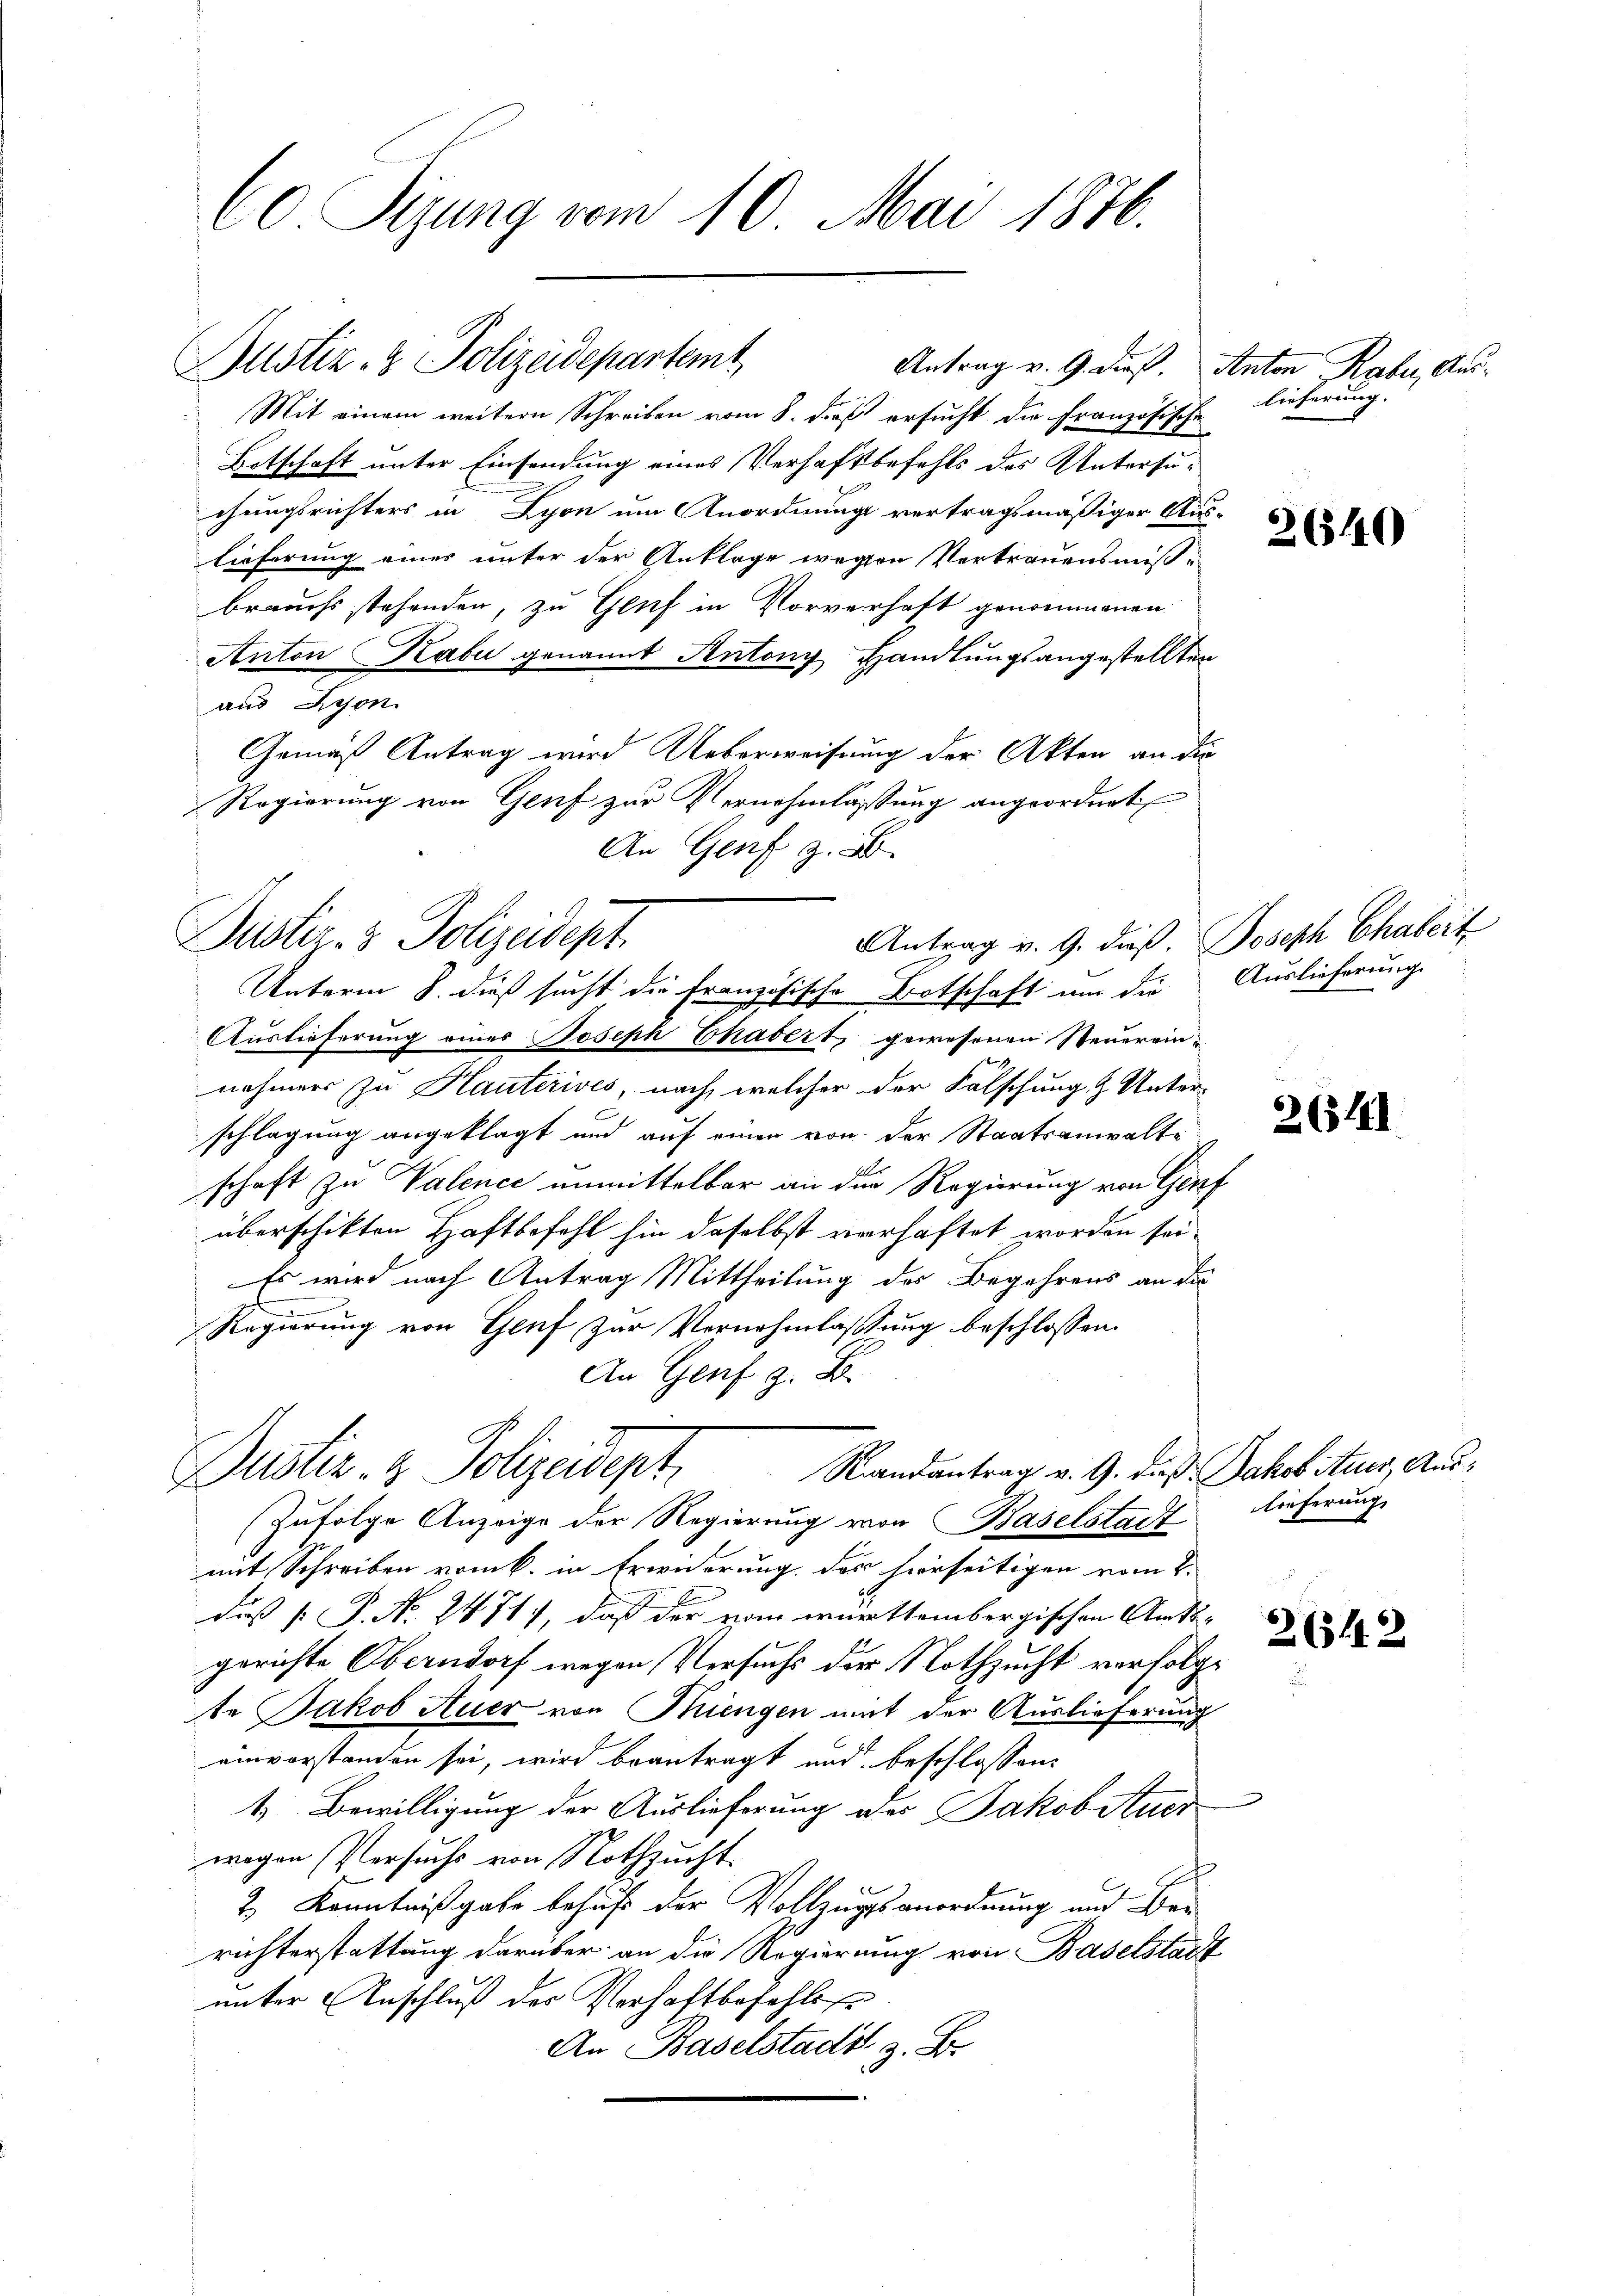
60 Sizung vom 10. Mai 1876.

Mit einem weitern Schreiben vom 8. dieß ersucht die Französische
Botschaft unter Einsendung eines Verhaftbefehls des Untersuchungsrichters in Lyon um Anordnung vertragsmäßiger Aus-
lieferung eines unter der Anklage wegen Vertrauensmiß-
brauchs stehenden, zu Genf in Vorverhaft genommenen
Anton Habe genannt Antony Handlungsangestellten
aus Lyon.
Gemäß Antrag wird Ueberweisung der Akten an die
Regierung von Genf zur Vernehmlassung angeordnet
An Genf z. B.
Antrag v. 9. dieß. Joseph Chabert
Unterm 8. dieß sucht die Französische Botschaft um die
Auslieferung einer Joseph Chasert, gewesenen Steuereinnehmers zu Hauterives, nach, welcher der Falschung & Unter-
schlagung angeklagt und auf einen von der Staatsanwalte
schaft zu Valence unmittelbar an der Regierung von Genf
überschikten Haftbefehl hin daselbst verhaftet worden sei.
Es wird nach Antrag Mittheilung des Begehrens an die
Regierung von Genf zur Vornehmlassung beschlossen:
An Genf z. B.
Randantrag v. 9. daß Jakob Auer, Aus¬
Dustiz- & Polizeidept
(zufolge Anzeige der Regierung von Baselstadt
mit Schreiben vom k. in Erwiderung des hierseitigen vom 2.
diß [ P. No. 2471), daß der vom württembergischen Amts-
gerichte Oberndorf wegen Versuchs der Nothzucht verfolge
te Jakob Auer von Mengen mit der Auslieferung
einvorstanden sei, wird beantragt und beschlossen:
1. Bewilligung der Auslieferung des Jakobituer
wogen Versuchs von Nothzucht
2.) Kenntnißgabe behufe der Vollzugesanordnung und Ber
richterstattung darüber an die Regierung von Baselstadt
unter Anschluß des Verhaftbefehls
An Baselstadt z. B.

Dustiz- & Polizeidept

Justiz- & Polizeidepartem Antrag v. 9. dieß. Anton Rabe, Aus¬

lieferung. |

26540

Auslieferung.

.

.
265141

lieferung

26542